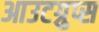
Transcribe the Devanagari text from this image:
आउटग्रुप्स